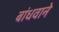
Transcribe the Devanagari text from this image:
बांधवाने